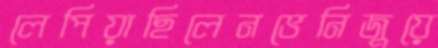
লেপিয়াছিলেনভেনিজুয়ে